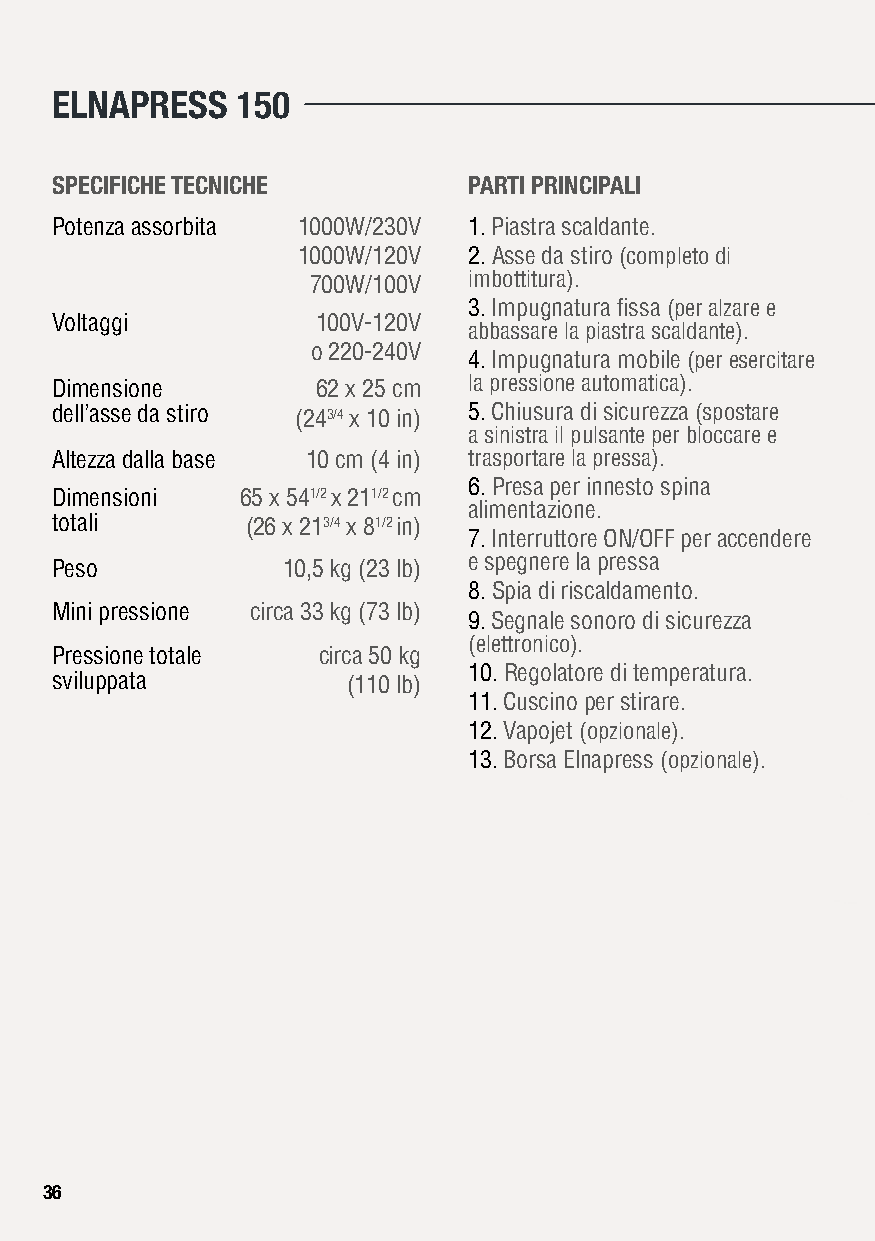
ELNAPRESS    150
 SPECIFICHE TECNICHE         PARTI PRINCIPALI
 Potenza assorbita 1000W/230V 1. Piastra scaldante.
 1000W/120V 2. Asse da stiro (completo di
 700W/100V imbottitura).
 3. Impugnatura fissa (per alzare e
 Voltaggi          100V-120V
 abbassare la piastra scaldante).
 o 220-240V
 4. Impugnatura mobile (per esercitare
 Dimensione        62 x 25 cm la pressione automatica).
 dell’asse da stiro (243/4 x 10 in) 5. Chiusura di sicurezza (spostare
 a sinistra il pulsante per bloccare e
 Altezza dalla base 10 cm (4 in) trasportare la pressa).
 6. Presa per innesto spina
 Dimensioni   65 x 541/2 x 211/2 cm
 alimentazione.
 totali       (26 x 213/4 x 81/2 in)
 7. Interruttore ON/OFF per accendere
 e spegnere la pressa
 Peso            10,5 kg (23 lb)
 8. Spia di riscaldamento.
 Mini pressione circa 33 kg (73 lb)
 9. Segnale sonoro di sicurezza
 (elettronico).
 Pressione totale  circa 50 kg
 10. Regolatore di temperatura.
 sviluppata          (110 lb)
 11. Cuscino per stirare.
 12. Vapojet (opzionale).
 13. Borsa Elnapress (opzionale).
 3366